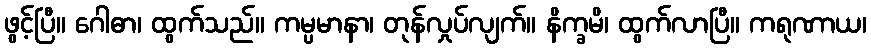
ဖွင့်ပြီ။ ဂေါဓာ၊ ထွက်သည်။ ကမ္ပမာနာ၊ တုန်လှုပ်လျက်။ နိက္ခမိ၊ ထွက်လာပြီ။ ကရုဏာယ၊